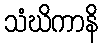
သံဃိကာနိ